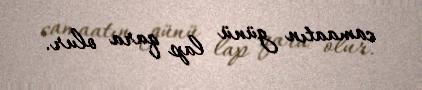
camaatın günü lap qara olur.